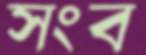
সংব